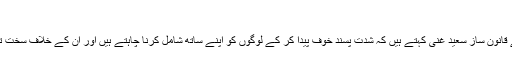
‘‘
پیپلز پارٹی سے تعلق رکھنے والے قانون ساز سعید غنی کہتے ہیں کہ شدت پسند خوف پیدا کر کے لوگوں کو اپنے ساتھ شامل کرنا چاہتے ہیں اور ان کے خلاف سخت ترین اقدام کرنے کی ضرورت ہے۔